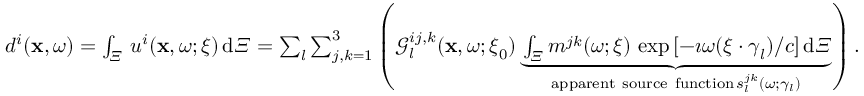
\begin{array} { r } { d ^ { i } ( \mathbf { x } , \omega ) = \int _ { \varXi } \, u ^ { i } ( \mathbf { x } , \omega ; \boldsymbol { \xi } ) \, \mathrm { d } \varXi = \sum _ { l } \sum _ { j , k = 1 } ^ { 3 } \left( \mathcal { G } _ { l } ^ { i j , k } ( \mathbf { x } , \omega ; \boldsymbol { \xi } _ { 0 } ) \underbrace { \int _ { \varXi } m ^ { j k } ( \omega ; \boldsymbol { \xi } ) \, \exp { [ - \imath \omega ( \boldsymbol { \xi } \cdot \boldsymbol \gamma _ { l } ) / c ] } \, \mathrm { d } \varXi } _ { \mathrm { a p p a r e n t ~ s o u r c e ~ f u n c t i o n } \, s _ { l } ^ { j k } ( \omega ; \gamma _ { l } ) } \right) . } \end{array}